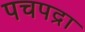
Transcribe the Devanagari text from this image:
पचपद्रा